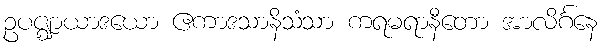
ဥပဇ္ဈာယာဒယော ဧကာဒသာနိသံသာ ကရမရာနီတော အာလိင်္ဂနေ